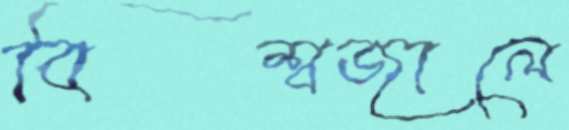
বিশ্বজালে